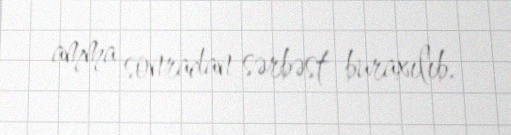
amma sonradan sərbəst buraxılıb.